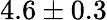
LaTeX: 4.6\pm 0.3